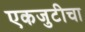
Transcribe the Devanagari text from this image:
एकजुटीचा